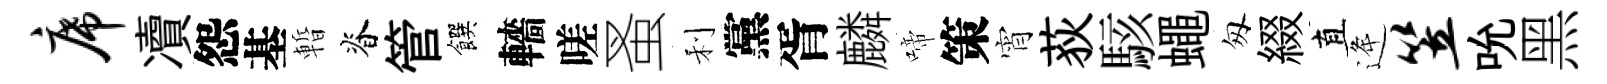
席凟怨基暫脊管饌轖嗟蚤利黨胥麟啼策宵荻駭蠅匆綴直逄笠吮黑